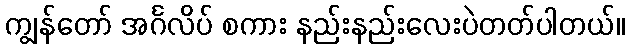
ကျွန်တော် အင်္ဂလိပ် စကား နည်းနည်းလေးပဲတတ်ပါတယ်။